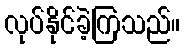
လုပ်နိုင်ခဲ့ကြသည်။